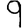
Digit: 9